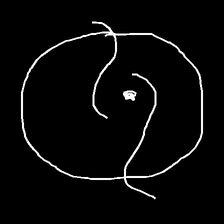
Glyph: repetition